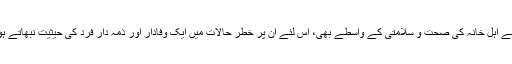
اس لئے ہوشیار رہیں، محتاط رہیں، اپنے تئیں بھی اور اپنے اہل خانہ کی صحت و سلامتی کے واسطے بھی، اس لئے ان پُر خطر حالات میں ایک وفادار اور ذمہ دار فرد کی حیثیت نبھاتے ہوئے بہت ہی سمجھداری سے کام لینے کی ضرورت ہے۔